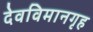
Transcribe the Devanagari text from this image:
देवविमानगृह